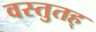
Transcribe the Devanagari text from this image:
वस्तुतह्